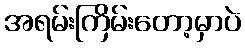
အရမ်းကြိမ်းတော့မှာပဲ